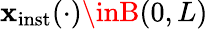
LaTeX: \mathbf{x}_{\mathrm{{inst}}}(\cdot)\inB(0,L)